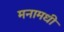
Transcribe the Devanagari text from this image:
मनामधी